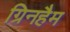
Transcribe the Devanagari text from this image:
ग्रिनहैम